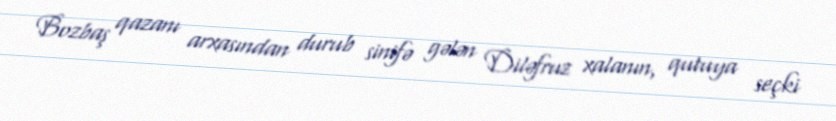
Bozbaş qazanı arxasından durub sinifə gələn Diləfruz xalanın, qutuya seçki